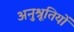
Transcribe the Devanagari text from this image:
अनुश्रूतियों